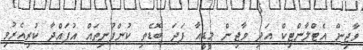
ވާޖިން އެޓްލާންޓިކް އަދި ވާޖިން މީޑީއާ ފަދަ ބޮޑެތި ކުންފުނިތައް އުފައްދާ ކުރިއެރުވި